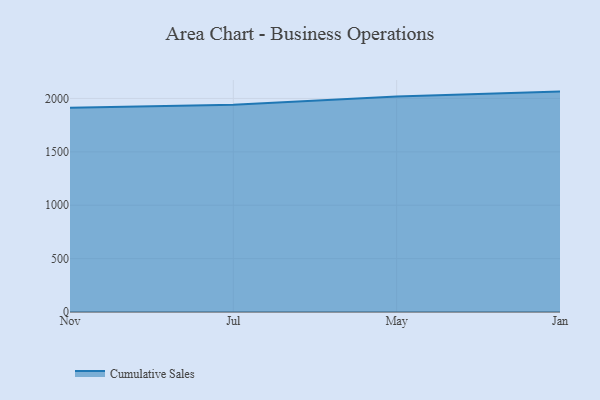
{"axis": {"x": "Month", "y": "Revenue (USD Million)"}, "legend": ["Cumulative Sales"], "data": [{"x": "Nov", "y": 1913.2, "type": "Cumulative Sales"}, {"x": "Jul", "y": 1942.0, "type": "Cumulative Sales"}, {"x": "May", "y": 2017.8, "type": "Cumulative Sales"}, {"x": "Jan", "y": 2064.0, "type": "Cumulative Sales"}]}